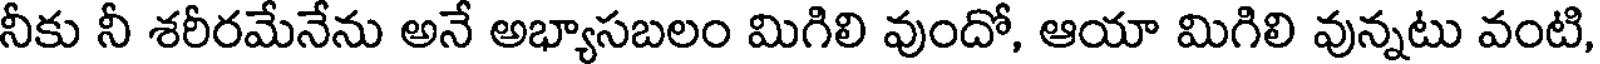
నీకు నీ శరీరమేనేను అనే అభ్యాసబలం మిగిలి వుందో, ఆయా మిగిలి వున్నటు వంటి